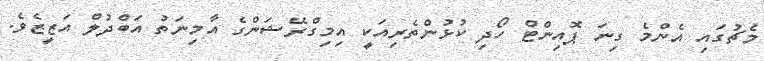
މެޗުގައި އެންމެ ގިނަ ޕޮއިންޓް ހޯދި ކުޅުންތެރިއަކީ އިމިގްރޭޝަންގެ އާމިނަތު އަބްދުލް އަޒީޒެވެ.